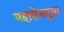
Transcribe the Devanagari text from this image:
महासेनगुप्ता